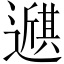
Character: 𫑇